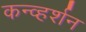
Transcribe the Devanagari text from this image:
कन्व्हर्शन